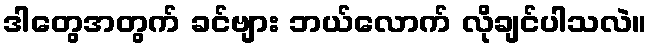
ဒါတွေအတွက် ခင်ဗျား ဘယ်လောက် လိုချင်ပါသလဲ။